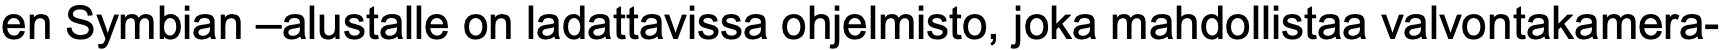
en Symbian –alustalle on ladattavissa ohjelmisto, joka mahdollistaa valvontakamera-